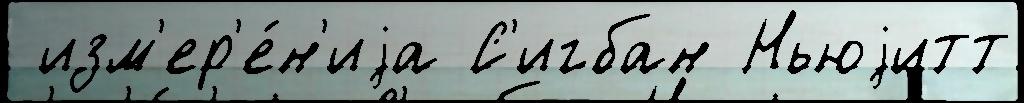
 изм'ер'е́н'иjа С'игбан Ньюjитт